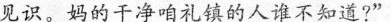
见识。妈的干净咱礼镇的人谁不知道?”